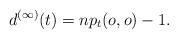
LaTeX: \begin{align*} d^{(\infty)}(t) = np_t(o,o) - 1.\end{align*}